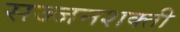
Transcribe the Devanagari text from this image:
सज्जनशक्ती